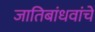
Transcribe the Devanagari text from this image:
जातिबांधवांचे